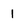
Character: 1